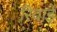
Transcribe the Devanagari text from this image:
रिवाई